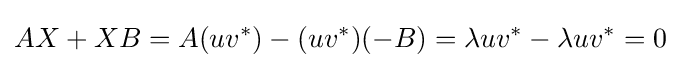
AX+XB=A(uv^{*})-(uv^{*})(-B)=\lambda uv^{*}-\lambda uv^{*}=0